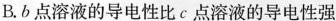
B.b点溶液的导电性比c点溶液的导电性强